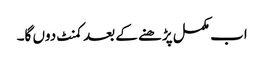
اب مکمل پڑھنے کے بعد کمنٹ دوں گا۔